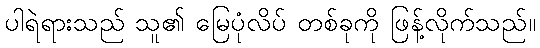
ပါရဲရားသည် သူ၏ မြေပုံလိပ် တစ်ခုကို ဖြန့်လိုက်သည်။